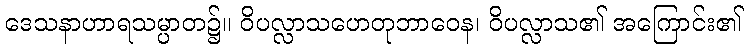
ဒေသနာဟာရသမ္ပာတ၌။ ဝိပလ္လာသဟေတုဘာဝေန၊ ဝိပလ္လာသ၏ အကြောင်း၏